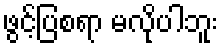
ဖွင့်ပြစရာ မလိုပါဘူး